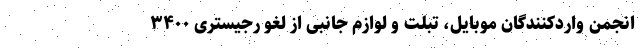
انجمن واردکنندگان موبایل، تبلت و لوازم جانبی از لغو رجیستری ۳۴۰۰